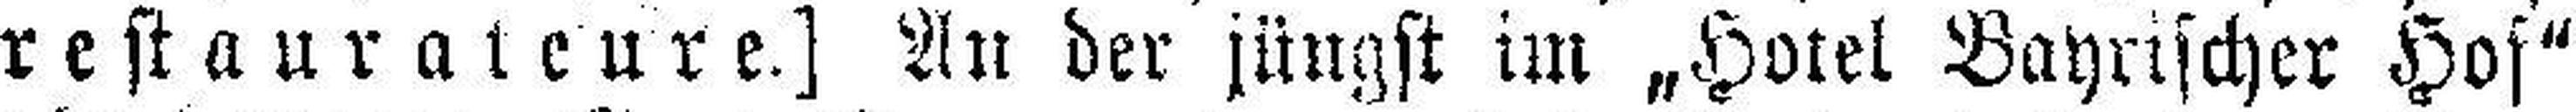
restaurateure.] An der jüngst im „Hotel Bayrischer Hof"